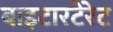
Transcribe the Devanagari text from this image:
बाइटारटेरेट